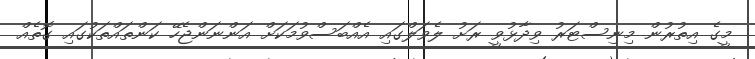
މީގެ އިތުރުން މިނިސްޓަރު ވިދާޅުވީ ރަށު ލެވަލްގައި އެއްބަސްވުމަކަށް އަންނަންޖެހޭ ކަންތައްތަކުގައި ގޮތެއް